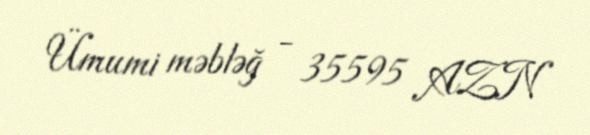
Ümumi məbləğ - 35595 AZN